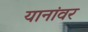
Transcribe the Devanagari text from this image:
यानांवर